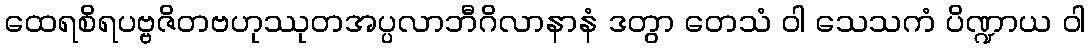
ထေရစိရပဗ္ဗဇိတဗဟုဿုတအပ္ပလာဘီဂိလာနာနံ ဒတွာ တေသံ ဝါ သေသကံ ပိဏ္ဍာယ ဝါ